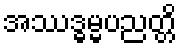
အဿဒ္ဓမ္မပညတ္တိ